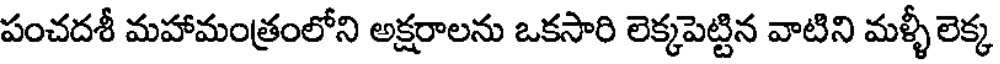
పంచదశీ మహామంత్రంలోని అక్షరాలను ఒకసారి లెక్కపెట్టిన వాటిని మళ్ళీ లెక్క